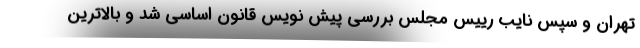
تهران و سپس نایب رییس مجلس بررسی پیش نویس قانون اساسی شد و بالاترین